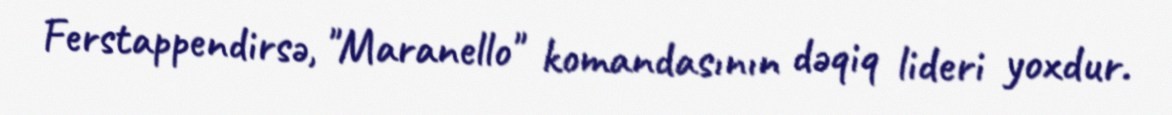
Ferstappendirsə, "Maranello" komandasının dəqiq lideri yoxdur.